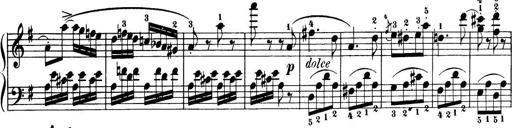
Title: 32 Sonatinas and Rondos for the Piano
Composer: Richard Kleinmichel